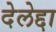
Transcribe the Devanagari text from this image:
देलेद्दा